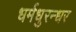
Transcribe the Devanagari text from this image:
धर्मधुरन्धर